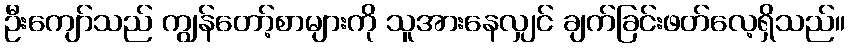
ဦးကျော်သည် ကျွန်တော့်စာများကို သူအားနေလျှင် ချက်ခြင်းဖတ်လေ့ရှိသည်။